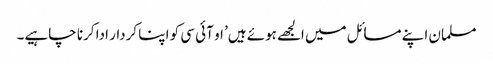
مسلمان اپنے مسائل میں الجھے ہوئے ہیں’ او آئی سی کو اپنا کردار ادا کرنا چاہیے۔